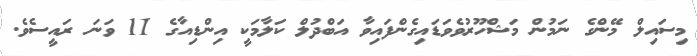
މިސައިލް މޭންގެ ނަމުން މަޝްހޫރުވެވަޑައިގެންފައިވާ އަބްދުލް ކަލާމަކީ އިންޑިއާގެ 11 ވަނަ ރައީސެވެ.